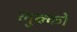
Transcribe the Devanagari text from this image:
लुक्को